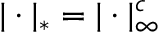
| \cdot | _ { * } = | \cdot | _ { \infty } ^ { c }